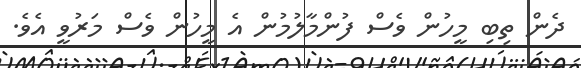
ދެން ތިބި މީހުން ވެސް ފުންމާލުމުން އެ މީހުން ވެސް މަރުވީ އެވެ.